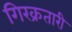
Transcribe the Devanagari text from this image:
गिरक्रतारी